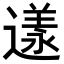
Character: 𨖌